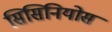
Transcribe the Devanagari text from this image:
सिसिनियोस